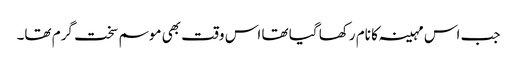
جب اس مہینہ کا نام رکھا گیا تھا اس وقت بھی موسم سخت گرم تھا۔